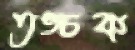
তঙ্চক